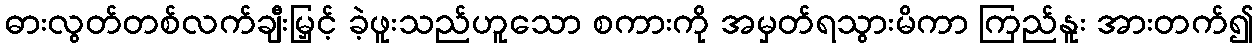
ဓားလွတ်တစ်လက်ချီးမြှင့် ခဲ့ဖူးသည်ဟူသော စကားကို အမှတ်ရသွားမိကာ ကြည်နူး အားတက်၍